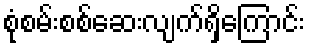
စုံစမ်းစစ်ဆေးလျက်ရှိကြောင်း